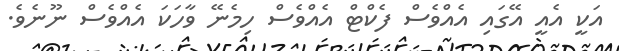
އަކީ އެއީ އޭގައި އެއްވެސް ފެކްޓް އެއްވެސް ހިމެނޭ ވާހަކަ އެއްވެސް ނޫނެވެ.